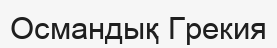
Османдық Грекия